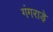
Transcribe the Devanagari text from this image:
गंगराड़े